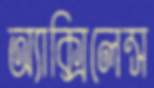
অ্যাক্সিলেন্স